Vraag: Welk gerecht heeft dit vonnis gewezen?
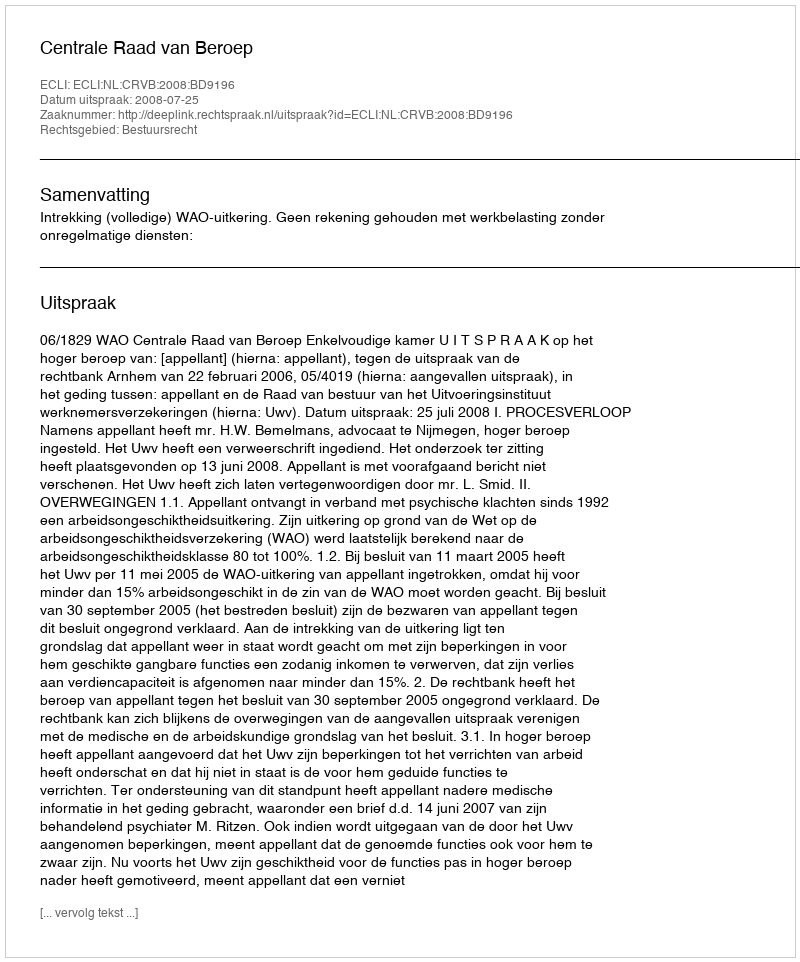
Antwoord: Centrale Raad van Beroep